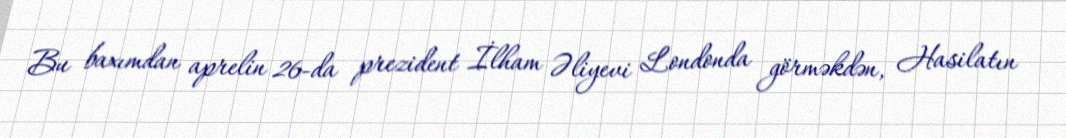
Bu baxımdan aprelin 26-da prezident İlham Əliyevi Londonda görməkdən, Hasilatın